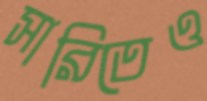
সারিতেও